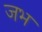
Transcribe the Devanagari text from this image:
जभ